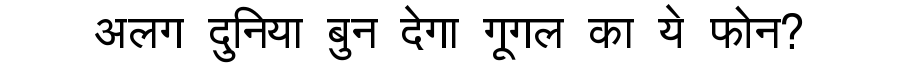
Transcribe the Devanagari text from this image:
अलग दुनिया बुन देगा गूगल का ये फोन?